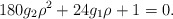
\begin{align*}180g_{2}{\rho}^2+24g_{1}\rho+1=0.\end{align*}